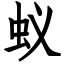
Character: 蚁